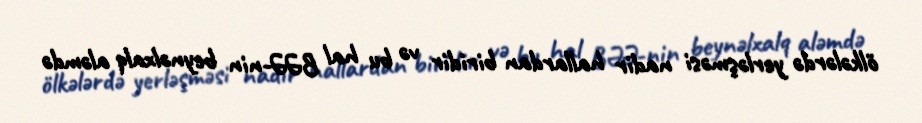
ölkələrdə yerləşməsi nadir hallardan biridir və bu hal BƏƏ-nin beynəlxalq aləmdə